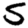
Digit: 5